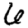
Digit: 6